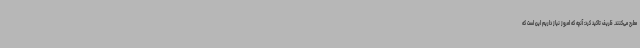
مطرح می‌کنند. ظریف تاکید کرد: آنچه که امروز نیاز داریم این است که